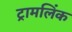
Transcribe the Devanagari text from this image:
ट्रामलिंक